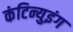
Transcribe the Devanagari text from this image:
कंटिन्युइंग